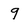
Character: 9